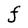
Character: F